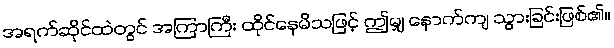
အရက်ဆိုင်ထဲတွင် အကြာကြီး ထိုင်နေမိသဖြင့် ဤမျှ နောက်ကျ သွားခြင်းဖြစ်၏။